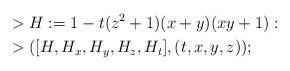
LaTeX: \begin{align*}&> H := 1-t(z^2+1)(x+y)(xy+1): \\&> ([H, H_x, H_y, H_z, H_t], (t,x,y,z));\end{align*}